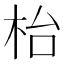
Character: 枱